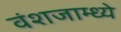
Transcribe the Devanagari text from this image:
वंशजाम्ध्ये